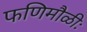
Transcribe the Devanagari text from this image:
फणिमौळीः